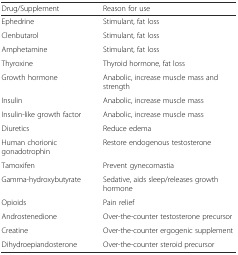
| Drug/Supplement | Reason for use |
 | --- | --- |
 | Ephedrine | Stimulant, fat loss |
 | Clenbutarol | Stimulant, fat loss |
 | Amphetamine | Stimulant, fat loss |
 | Thyroxine | Thyroid hormone, fat loss |
 | Growth hormone | Anabolic, increase muscle mass and strength |
 | Insulin | Anabolic, increase muscle mass |
 | Insulin-like growth factor | Anabolic, increase muscle mass |
 | Diuretics | Reduce edema |
 | Human chorionic gonadotrophin | Restore endogenous testosterone |
 | Tamoxifen | Prevent gynecomastia |
 | Gamma-hydroxybutyrate | Sedative, aids sleep/releases growth hormone |
 | Opioids | Pain relief |
 | Androstenedione | Over-the-counter testosterone precursor |
 | Creatine | Over-the-counter ergogenic supplement |
 | Dihydroepiandosterone | Over-the-counter steroid precursor |